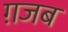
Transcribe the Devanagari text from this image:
ग़जब